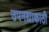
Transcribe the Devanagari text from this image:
उपनद्याकाठी